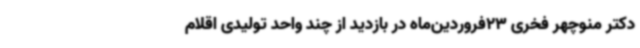
دکتر منوچهر فخری 23فروردین‌ماه در بازدید از چند واحد تولیدی اقلام